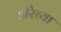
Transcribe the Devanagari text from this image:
ॲरेच्या